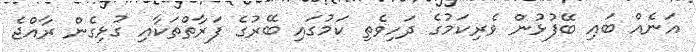
އަނެއް ބައި ބޭފުޅުން ވެރިކަމުގެ ދަހިވެތި ކަމުގައި ބޭރުގެ ފަރާތްތަކާއި ގުޅިގެން ރާއްޖެ